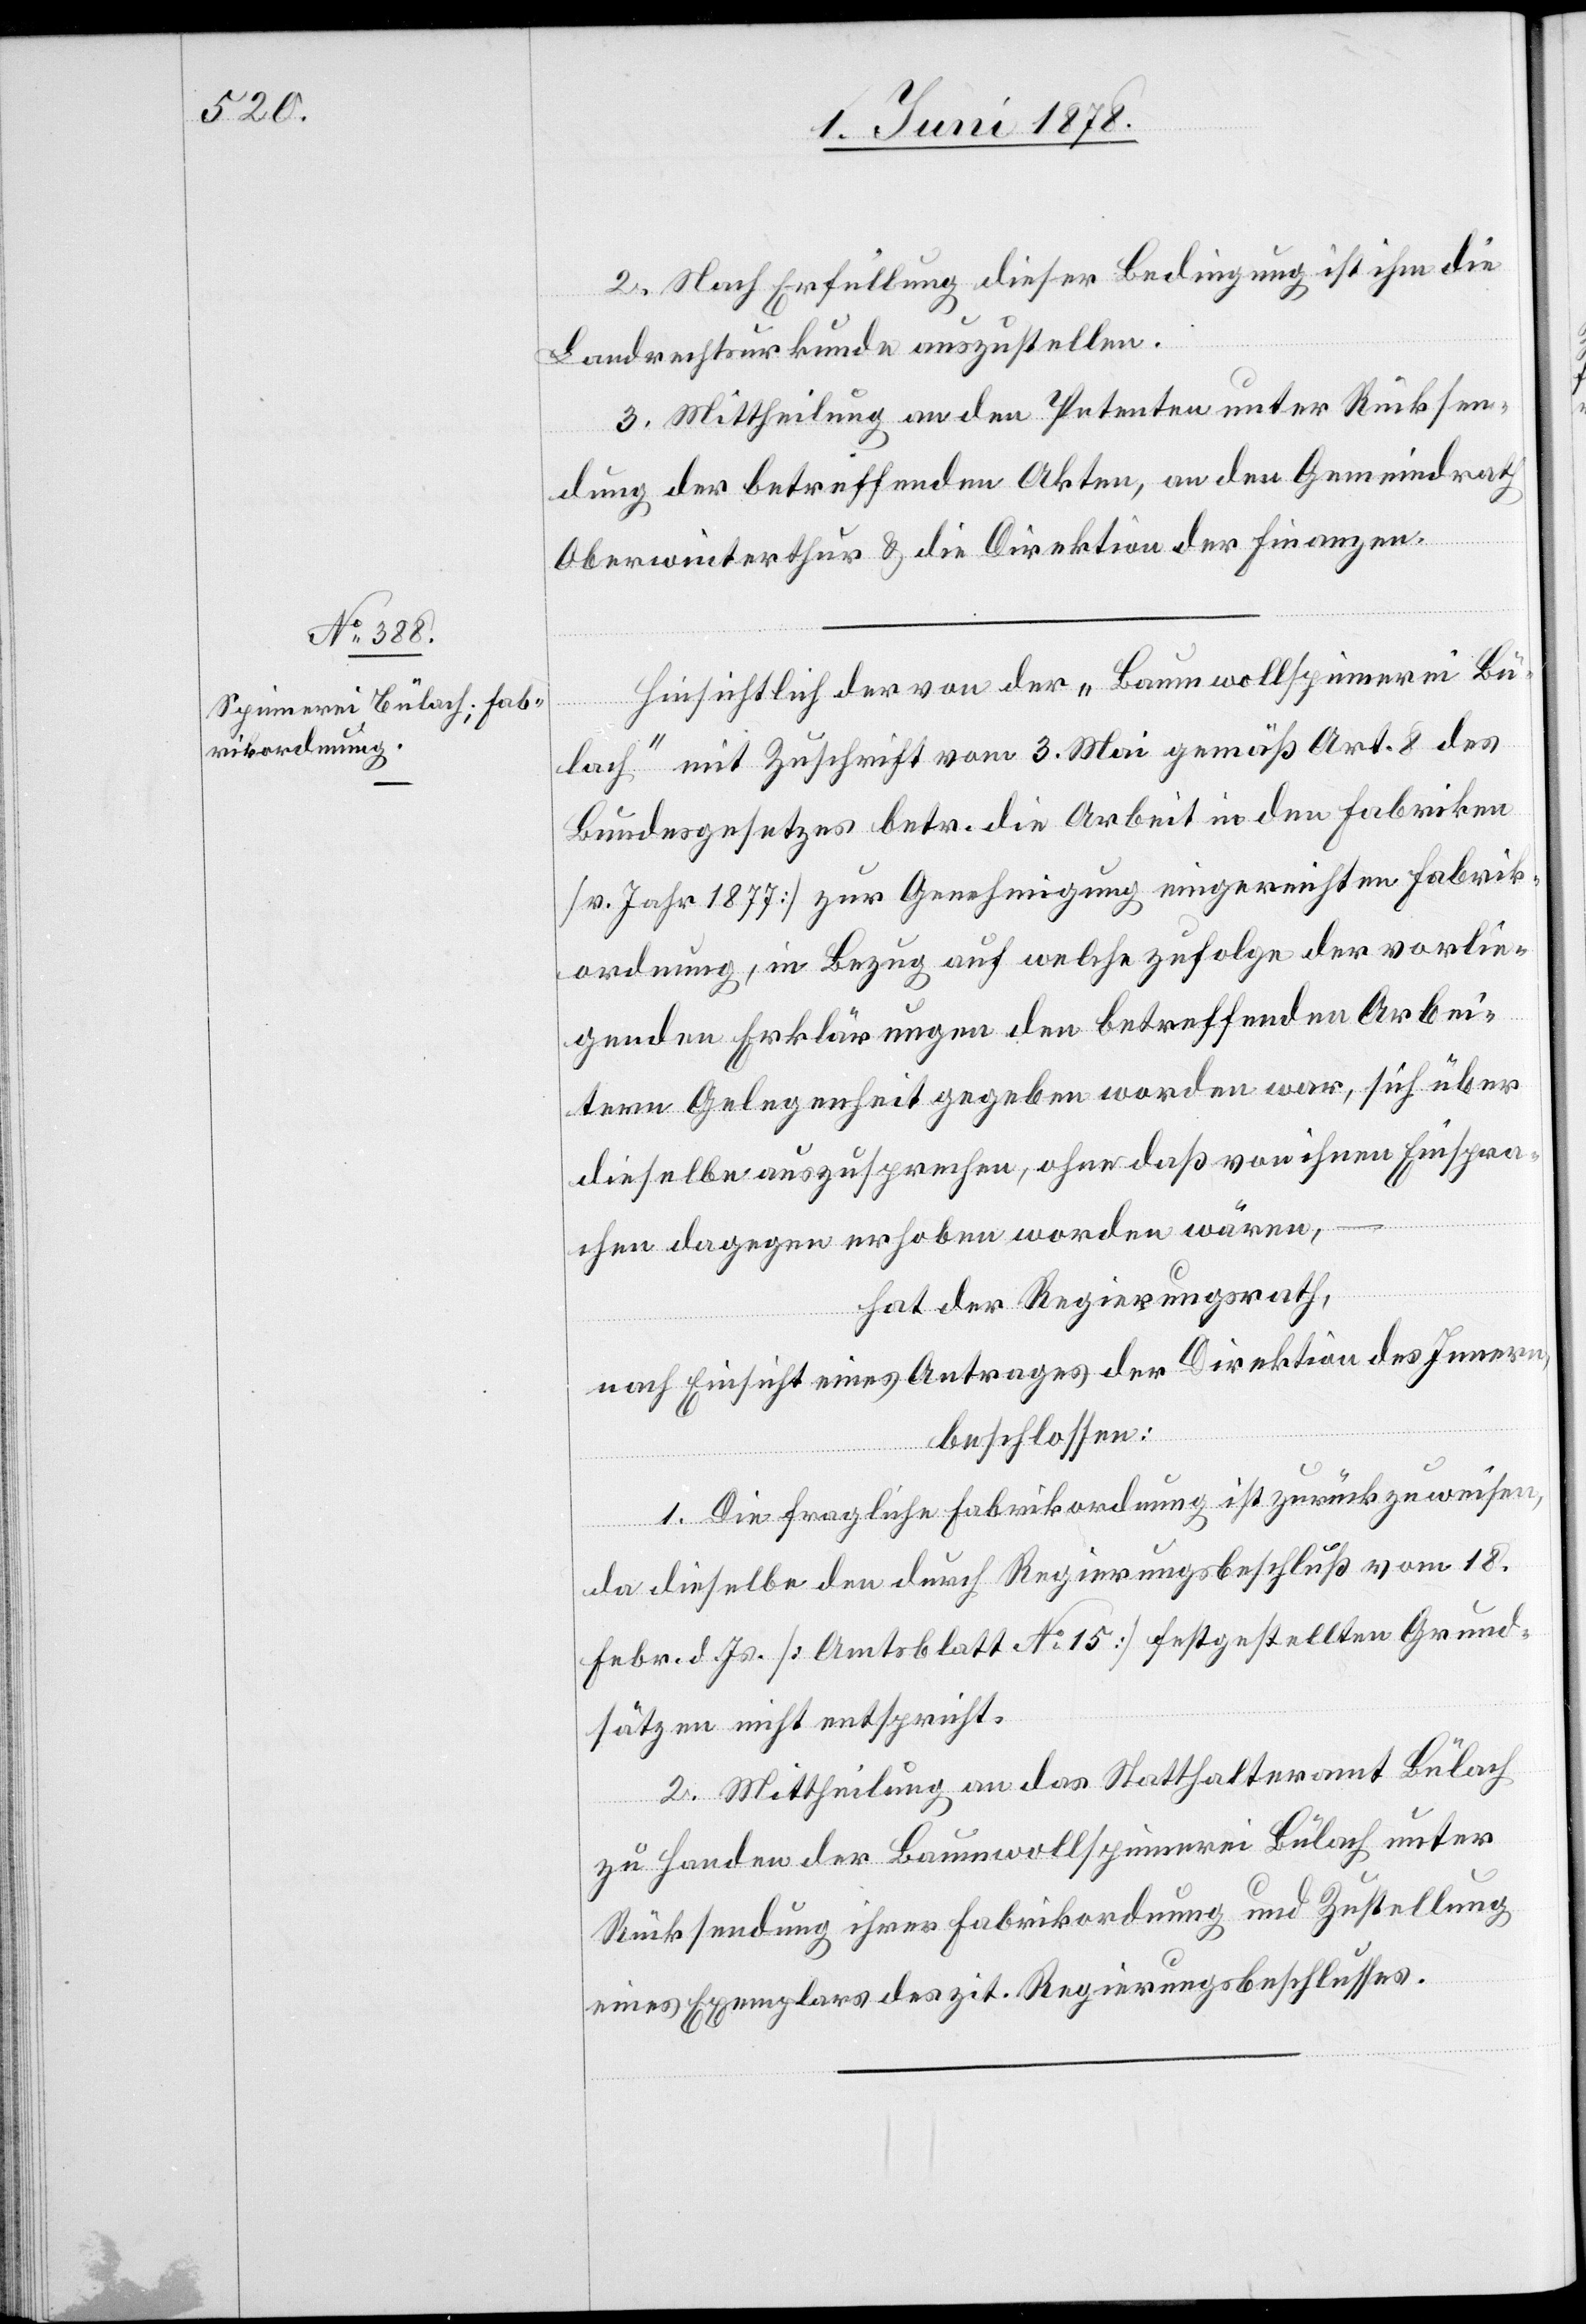
2. Nach Erfüllung dieser Bedingung ist ihm die
Landrechtsurkunde auszustellen.
3. Mittheilung an den Petenten unter Rücksen¬
dung der betreffenden Akten, an den Gemeindrath
Oberwinterthur & die Direktion der Finanzen.
Hinsichtlich der von der „Baumwollspinnerei Bü¬
lach“ mit Zuschrift vom 3. Mai gemäß Art. 8 des
Bundesgesetzes betr. die Arbeit in den Fabriken
[v. Jahr 1877] zur Genehmigung eingereichten Fabrik¬
ordnung, in Bezug auf welche zufolge der vorlie¬
genden Erklärungen den betreffenden Arbei¬
tern Gelegenheit gegeben worden war, sich über
dieselbe auszusprechen, ohne daß von ihnen Einspra¬
chen dagegen erhoben worden wären;
hat der Regierungsrath,
nach Einsicht eines Antrages der Direktion des Innern,
beschlossen:
1. Die fragliche Fabrikordnung ist zurückzuweisen,
da dieselbe den durch Regierungsbeschluß vom 18.
Febr. d. Js. [Amtsblatt No 15] festgestellten Grund¬
sätzen nicht entspricht.
2. Mittheilung an das Statthalteramt Bülach
zu Handen der Baumwollspinnerei Bülach unter
Rücksendung ihrer Fabrikordnung und Zustellung
eines Exemplars des zit. Regierungsbeschlusses.